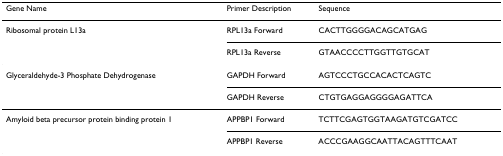
| Gene Name | Primer Description | Sequence |
 | --- | --- | --- |
 | Ribosomal protein L13a | RPL13a Forward | CACTTGGGGACAGCATGAG |
 |  | RPL13a Reverse | GTAACCCCTTGGTTGTGCAT |
 | Glyceraldehyde-3 Phosphate Dehydrogenase | GAPDH Forward | AGTCCCTGCCACACTCAGTC |
 |  | GAPDH Reverse | CTGTGAGGAGGGGAGATTCA |
 | Amyloid beta precursor protein binding protein 1 | APPBP1 Forward | TCTTCGAGTGGTAAGATGTCGATCC |
 |  | APPBP1 Reverse | ACCCGAAGGCAATTACAGTTTCAAT |